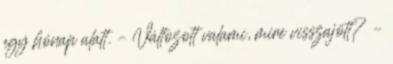
egy hónap alatt. – Változott valami, mire visszajött? –